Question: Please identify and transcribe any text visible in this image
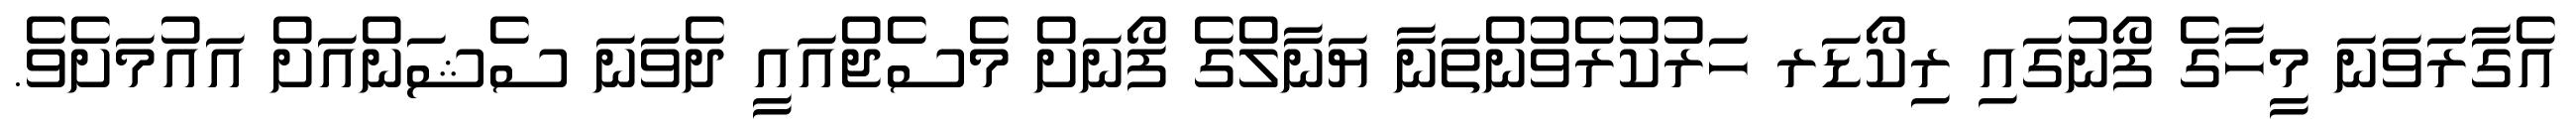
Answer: އެގާރަވަނަ މީހާގެ ފޯނުގައި ރިކޯޑަރ ހަރުކުރެވުންތަނާ ޔަނާލްގެ ފޯނަށް މެސެޖްއައީ ދެވަނަ ސެޝަންއަށް އައުމަށެވެ.